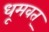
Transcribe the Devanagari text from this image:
धूमवत्